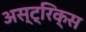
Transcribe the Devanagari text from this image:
अस्ट्रिक्स